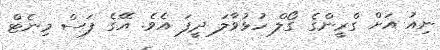
ނިއު އަށް ގްރީންގެ ގޯލް ހުޅުވާލަ ދީފަ އެވެ. އޭގެ ފަސް މިނެޓް